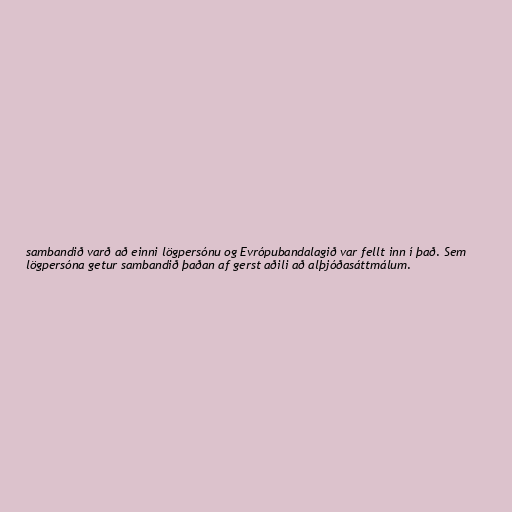
sambandið varð að einni lögpersónu og Evrópubandalagið var fellt inn í það. Sem
lögpersóna getur sambandið þaðan af gerst aðili að alþjóðasáttmálum.